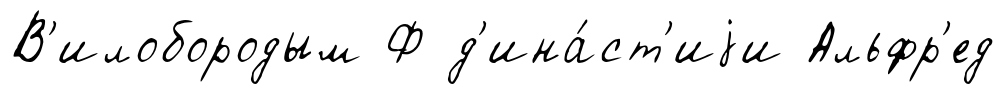
В'илобородым Ф д'ина́ст'иjи Альфр'ед